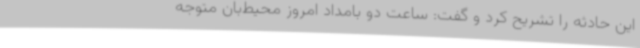
این حادثه را تشریح کرد و گفت: ساعت دو بامداد امروز محیط‌بان متوجه